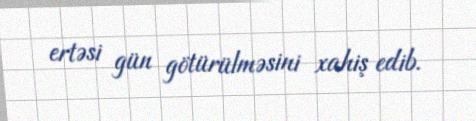
ertəsi gün götürülməsini xahiş edib.